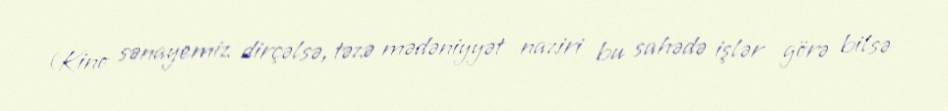
(Kino sənayemiz dirçəlsə, təzə mədəniyyət naziri bu sahədə işlər görə bilsə